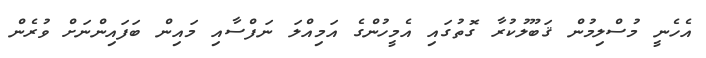
އެހެނީ މުސްލިމުން ޤަބޫލުކުރާ ގޮތުގައި އެމީހުންގެ އަމިއްލަ ނަފްސާއި މައިން ބަފައިންނަށް ވުރެން